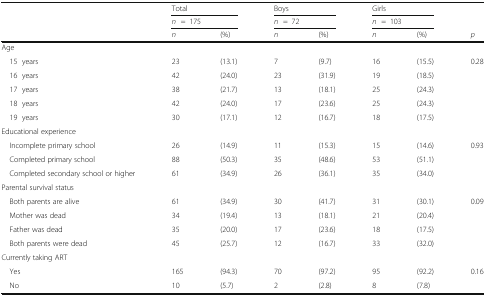
<table><thead><tr><td rowspan="3"></td><td colspan="2"><b>Total</b></td><td colspan="2"><b>Boys</b></td><td colspan="2"><b>Girls</b></td><td></td></tr><tr><td colspan="2"><b><i>n</i>=175</b></td><td colspan="2"><b><i>n</i>=72</b></td><td colspan="2"><b><i>n</i>=103</b></td><td></td></tr><tr><td><b><i>n</i></b></td><td><b>(%)</b></td><td><b><i>n</i></b></td><td><b>(%)</b></td><td><b><i>n</i></b></td><td><b>(%)</b></td><td><b><i>p</i></b></td></tr></thead><tbody><tr><td colspan="8">Age</td></tr><tr><td> 15years</td><td>23</td><td>(13.1)</td><td>7</td><td>(9.7)</td><td>16</td><td>(15.5)</td><td>0.28</td></tr><tr><td> 16years</td><td>42</td><td>(24.0)</td><td>23</td><td>(31.9)</td><td>19</td><td>(18.5)</td><td></td></tr><tr><td> 17years</td><td>38</td><td>(21.7)</td><td>13</td><td>(18.1)</td><td>25</td><td>(24.3)</td><td></td></tr><tr><td> 18years</td><td>42</td><td>(24.0)</td><td>17</td><td>(23.6)</td><td>25</td><td>(24.3)</td><td></td></tr><tr><td> 19years</td><td>30</td><td>(17.1)</td><td>12</td><td>(16.7)</td><td>18</td><td>(17.5)</td><td></td></tr><tr><td colspan="8">Educational experience</td></tr><tr><td> Incomplete primary school</td><td>26</td><td>(14.9)</td><td>11</td><td>(15.3)</td><td>15</td><td>(14.6)</td><td>0.93</td></tr><tr><td> Completed primary school</td><td>88</td><td>(50.3)</td><td>35</td><td>(48.6)</td><td>53</td><td>(51.1)</td><td></td></tr><tr><td> Completed secondary school or higher</td><td>61</td><td>(34.9)</td><td>26</td><td>(36.1)</td><td>35</td><td>(34.0)</td><td></td></tr><tr><td colspan="8">Parental survival status</td></tr><tr><td> Both parents are alive</td><td>61</td><td>(34.9)</td><td>30</td><td>(41.7)</td><td>31</td><td>(30.1)</td><td>0.09</td></tr><tr><td> Mother was dead</td><td>34</td><td>(19.4)</td><td>13</td><td>(18.1)</td><td>21</td><td>(20.4)</td><td></td></tr><tr><td> Father was dead</td><td>35</td><td>(20.0)</td><td>17</td><td>(23.6)</td><td>18</td><td>(17.5)</td><td></td></tr><tr><td> Both parents were dead</td><td>45</td><td>(25.7)</td><td>12</td><td>(16.7)</td><td>33</td><td>(32.0)</td><td></td></tr><tr><td colspan="8">Currently taking ART</td></tr><tr><td> Yes</td><td>165</td><td>(94.3)</td><td>70</td><td>(97.2)</td><td>95</td><td>(92.2)</td><td>0.16</td></tr><tr><td> No</td><td>10</td><td>(5.7)</td><td>2</td><td>(2.8)</td><td>8</td><td>(7.8)</td><td></td></tr></tbody></table>